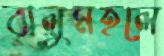
বালুমহলে